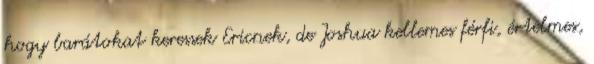
hogy barátokat keressek Ericnek, de Joshua kellemes férfi, értelmes,